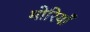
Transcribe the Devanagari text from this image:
मोरियाँ